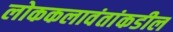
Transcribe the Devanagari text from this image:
लोककलावंतांकडील